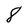
Character: 8